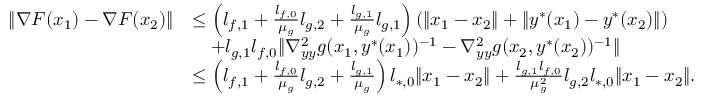
\begin{array} { r l } { \| \nabla F ( x _ { 1 } ) - \nabla F ( x _ { 2 } ) \| } & { \le \left( l _ { f , 1 } + \frac { l _ { f , 0 } } { \mu _ { g } } l _ { g , 2 } + \frac { l _ { g , 1 } } { \mu _ { g } } l _ { g , 1 } \right) ( \| x _ { 1 } - x _ { 2 } \| + \| y ^ { * } ( x _ { 1 } ) - y ^ { * } ( x _ { 2 } ) \| ) } \\ & { \quad + l _ { g , 1 } l _ { f , 0 } \| \nabla _ { y y } ^ { 2 } g ( x _ { 1 } , y ^ { * } ( x _ { 1 } ) ) ^ { - 1 } - \nabla _ { y y } ^ { 2 } g ( x _ { 2 } , y ^ { * } ( x _ { 2 } ) ) ^ { - 1 } \| } \\ & { \le \left( l _ { f , 1 } + \frac { l _ { f , 0 } } { \mu _ { g } } l _ { g , 2 } + \frac { l _ { g , 1 } } { \mu _ { g } } \right) l _ { * , 0 } \| x _ { 1 } - x _ { 2 } \| + \frac { l _ { g , 1 } l _ { f , 0 } } { \mu _ { g } ^ { 2 } } l _ { g , 2 } l _ { * , 0 } \| x _ { 1 } - x _ { 2 } \| . } \end{array}